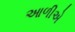
આળીએ